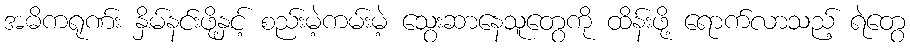
အဓိကရုဏ်း နှိမ်နင်းဖို့နှင့် စည်းမဲ့ကမ်းမဲ့ သွေးဆာနေသူတွေကို ထိန်းဖို့ ရောက်လာသည့် ရဲတွေ